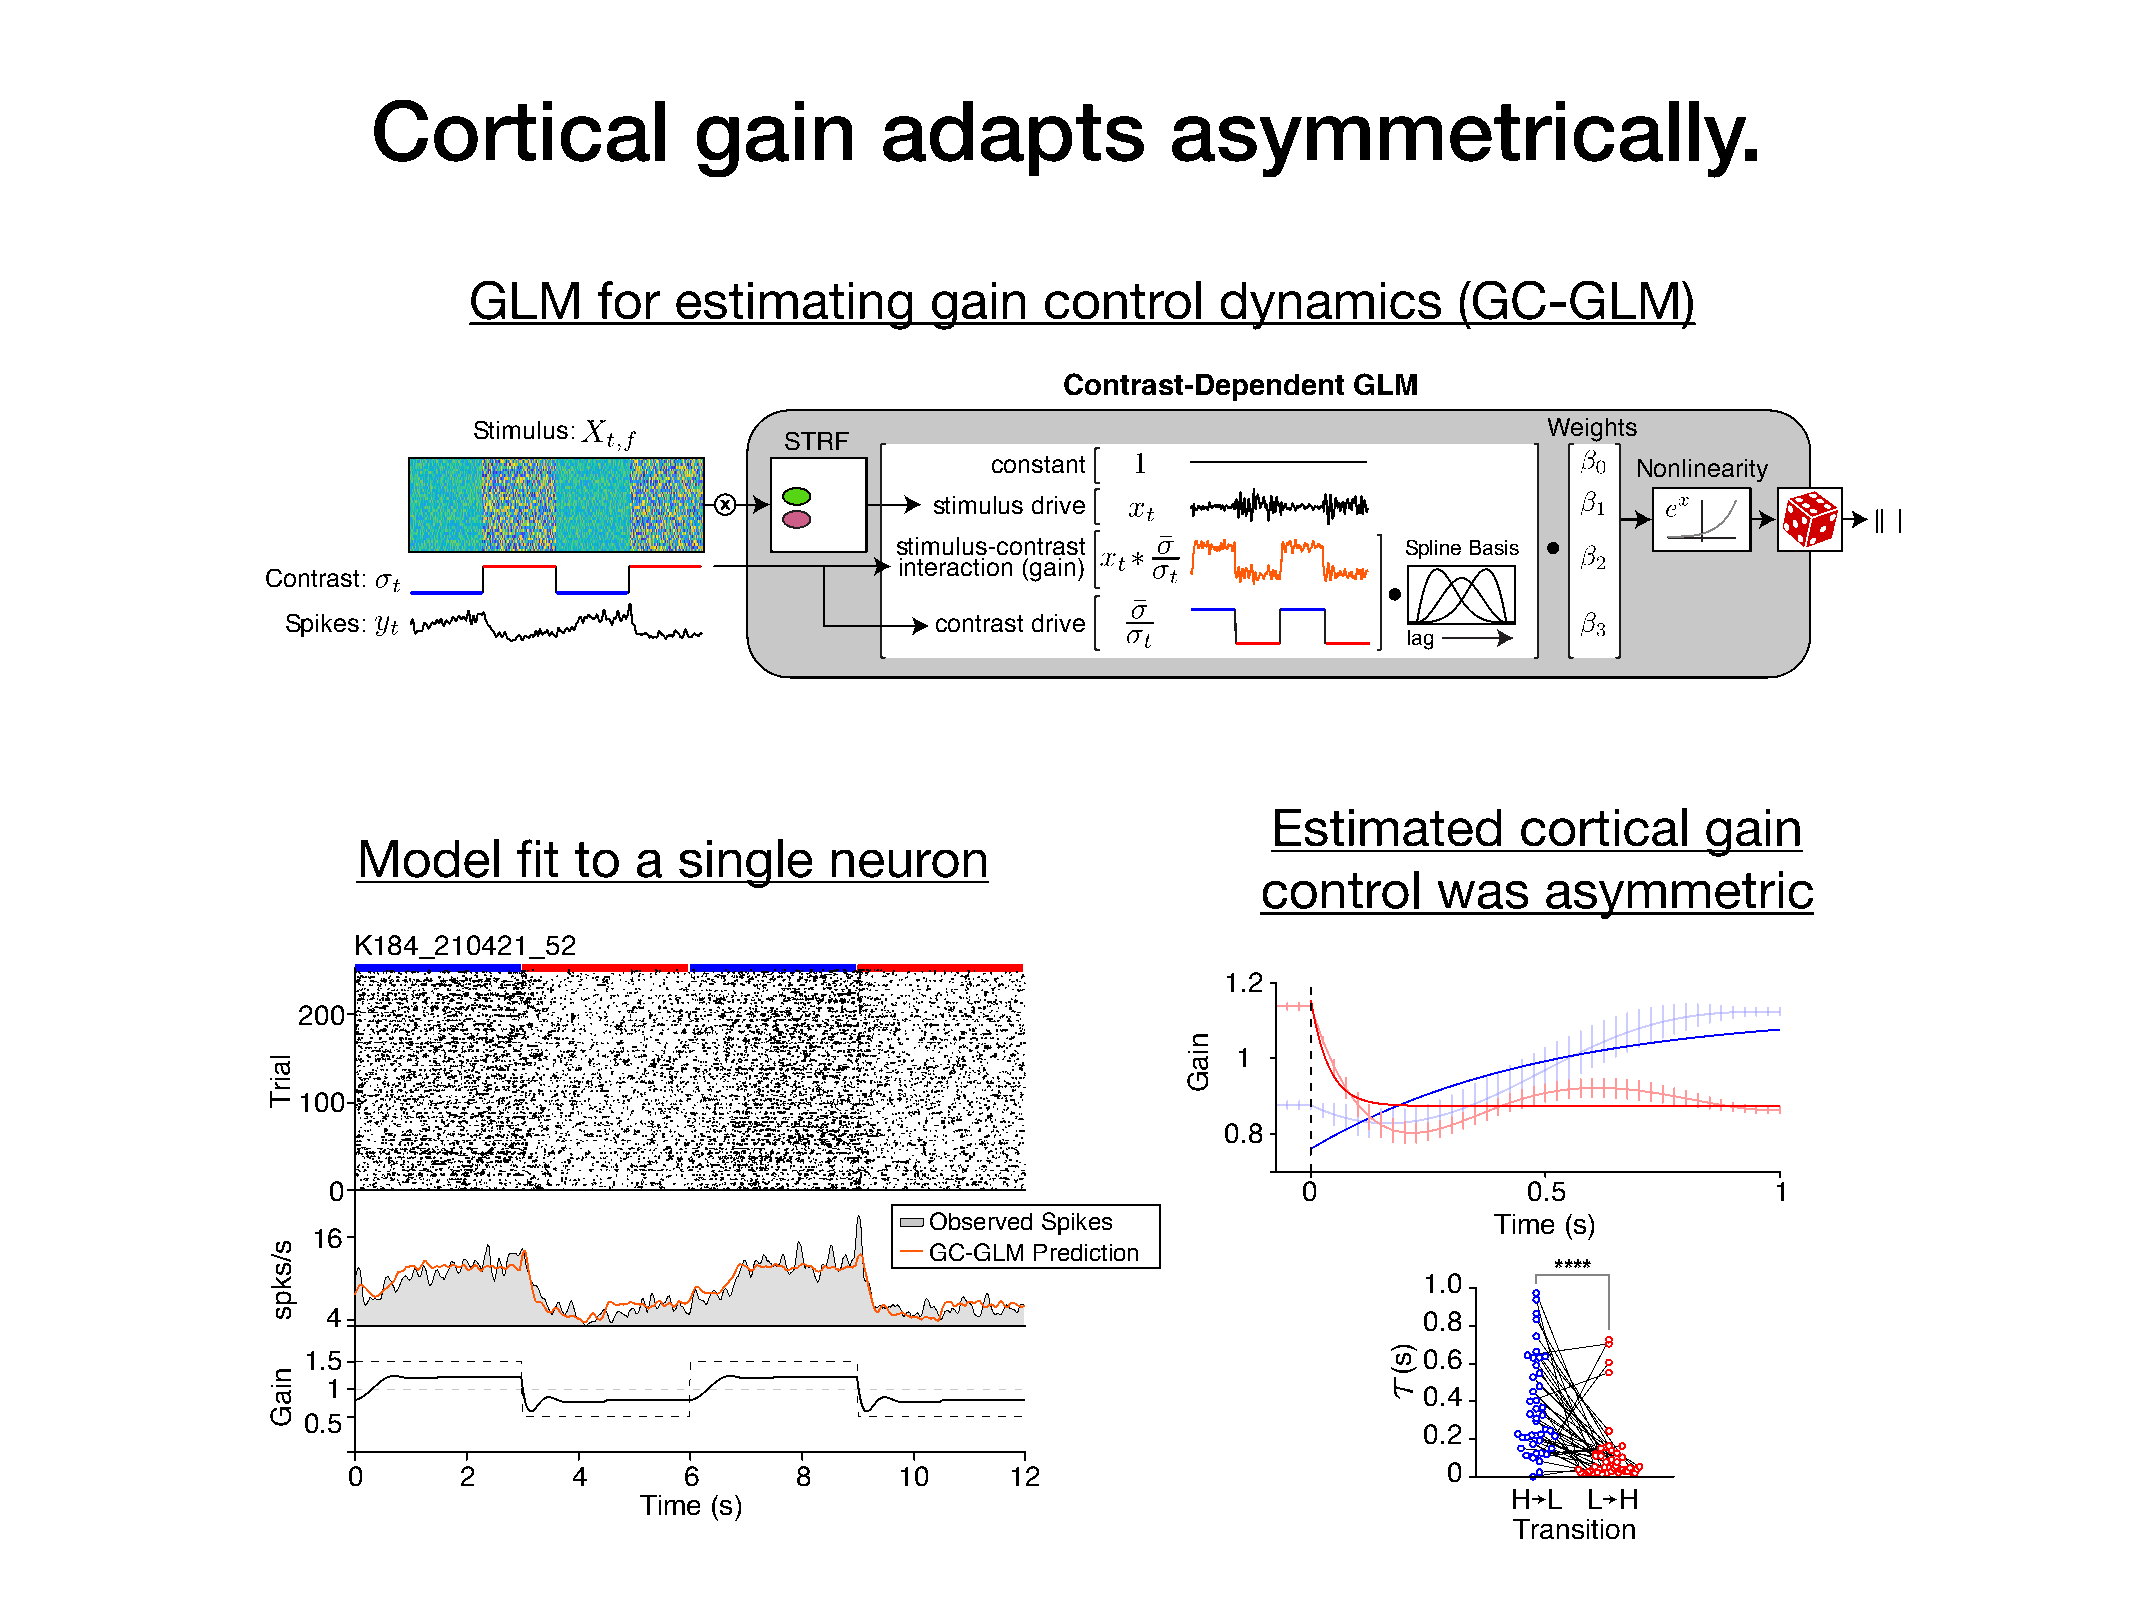
Cortical             gain        adapts             asymmetrically.
 GLM      for  estimating       gain   control     dynamics       (GC-GLM)
 Contrast-Dependent  GLM
 Stimulus:                                                              Weights
 STRF
 constant                                  Nonlinearity
 stimulus drive
 stimulus-contrast                 Spline Basis
 interaction (gain)
 Contrast:
 Spikes:                                    contrast drive
 lag
 Estimated        cortical    gain
 Model     fit to  a  single    neuron
 control     was    asymmetric
 K184_210421_52
 1.2
 200
 1
 100
 0.8
 0                                                               0              0.5             1
 Observed Spikes                      Time (s)
 16
 GC-GLM Prediction
 ****
 1.0
 4                                                                       0.8
 1.5                                                                       0.6
 1
 0.4
 0.5
 0.2
 0      2       4      6       8     10      12                           0
 Time (s)                                                  H L  L H
 Transition
 lairT
 s/skps
 niaG
 niaG
 )s(